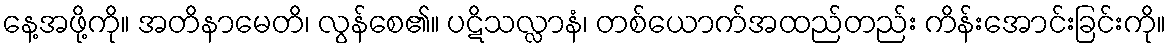
နေ့အဖို့ကို။ အတိနာမေတိ၊ လွန်စေ၏။ ပဋိသလ္လာနံ၊ တစ်ယောက်အထည်တည်း ကိန်းအောင်းခြင်းကို။